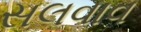
સલવાવ